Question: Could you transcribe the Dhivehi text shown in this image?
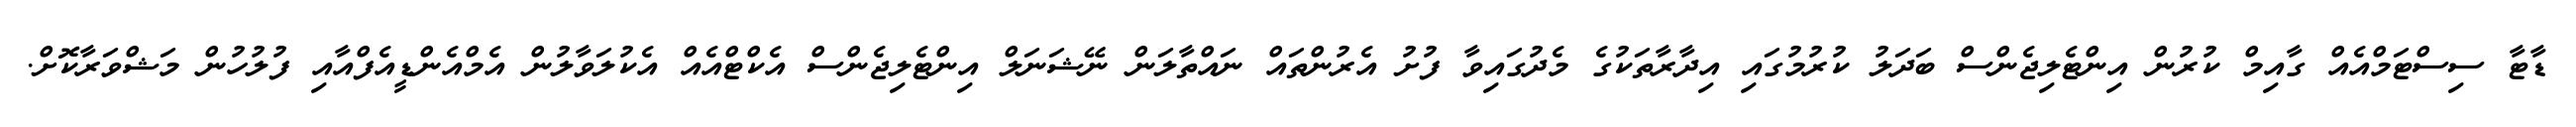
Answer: ޑާޓާ ސިސްޓަމްއެއް ގާއިމް ކުރުން އިންޓެލިޖެންސް ބަދަލު ކުރުމުގައި އިދާރާތަކުގެ މެދުގައިވާ ފުށު އެރުންތައް ނައްތާލަން ނޭޝަނަލް އިންޓެލިޖެންސް އެކްޓްއެއް އެކުލަވާލުން އެމްއެންޑީއެފްއާއި ފުލުހުން މަޝްވަރާކޮށް.